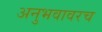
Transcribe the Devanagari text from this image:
अनुभवावरच